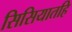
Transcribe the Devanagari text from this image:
सिसियातहि